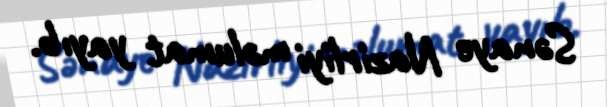
Sənaye Nazirliyi məlumat yayıb.